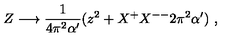
Z \longrightarrow \frac { 1 } { 4 \pi ^ { 2 } \alpha ^ { \prime } } ( z ^ { 2 } + X ^ { + } X ^ { -- } 2 \pi ^ { 2 } \alpha ^ { \prime } ) \ ,